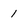
Character: 1